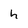
Character: h